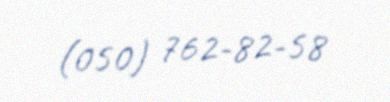
(050) 762-82-58